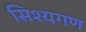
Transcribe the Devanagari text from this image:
सिश्यगण